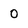
Character: 0